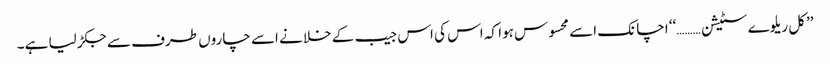
’’کل ریلوے سٹیشن ………‘‘ اچانک اسے محسوس ہوا کہ اس کی اس جیب کے خلا نے اسے چاروں طرف سے جکڑ لیا ہے۔